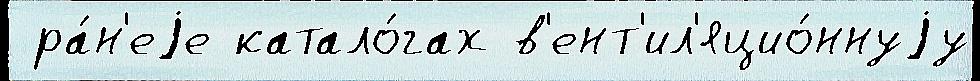
 ра́н'еjе катало́гах в'ент'ил'яцио́ннуjу